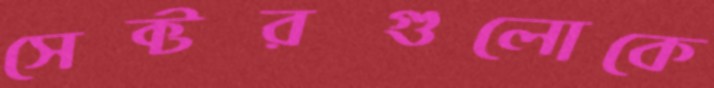
সেক্টরগুলোকে